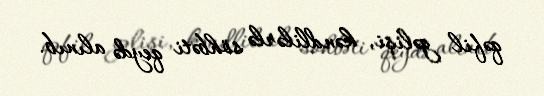
qəfil gəlişi, kəndlilərlə söhbəti qeydə alınıb.